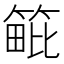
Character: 𥯡